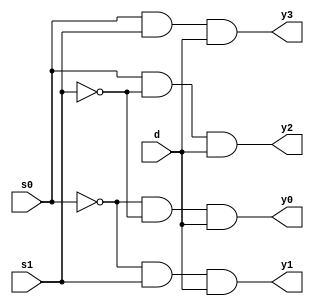
module demux1_4
  (input d,
   input s0,
   input s1,
   output y0,y1,y2,y3);
  
  wire n0,n1;
  
  not(n0,s0);
  not(n1,s1);
  and a1(y0,n0,n1,d);
  and a2(y1,n0,s1,d);
  and a3(y2,s0,n1,d);
  and a4(y3,s0,s1,d);
endmodule